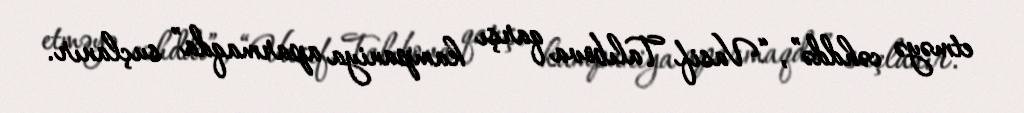
etməyə cəhddə”, “Vasif Talıbova qarşı kampaniya aparmaqda” suçlanır.